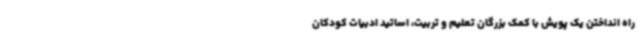
راه انداختن یک پویش با کمک بزرگان تعلیم و تربیت، اساتید ادبیات کودکان